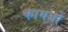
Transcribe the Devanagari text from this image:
कागजो